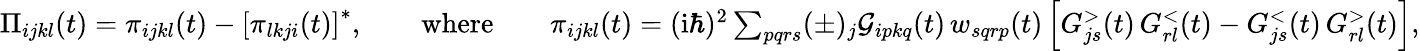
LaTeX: \begin{array}{r}{\Pi_{ijkl}(t)=\pi_{ijkl}(t)-\left[\pi_{lkji}(t)\right]^{*},\qquad\mathrm{where}\qquad\pi_{ijkl}(t)=(\mathrm{i}\hbar)^{2}\sum_{pqrs}(\pm)_{j}\mathcal{G}_{ipkq}(t)\, w_{sqrp}(t)\left[G_{js}^{>}(t)\, G_{rl}^{<}(t)-G_{js}^{<}(t)\, G_{rl}^{>}(t)\right],}\end{array}